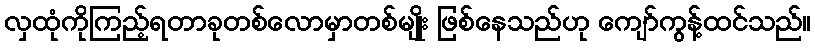
လှထုံကိုကြည့်ရတာခုတစ်လောမှာတစ်မျိုး ဖြစ်နေသည်ဟု ကျော်ကွန့်ထင်သည်။